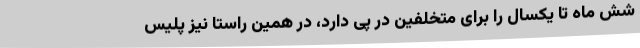
شش ماه تا یکسال را برای متخلفین در پی دارد، در همین راستا نیز پلیس